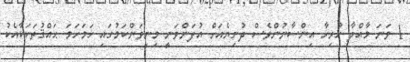
1 ވަނަ މާއްދާ ހުރިހާ އިންސާނުންވެސް ދުނިޔެއަށް އުފަންވަނީ މިނިވަންކަމުގައި ހަމަހަމަ ޙައްޤުތަކަކާއެކު